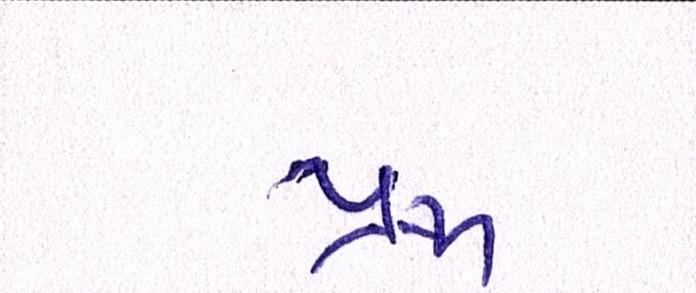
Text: પ્રજા